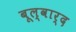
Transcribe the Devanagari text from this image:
बूल्वार्द